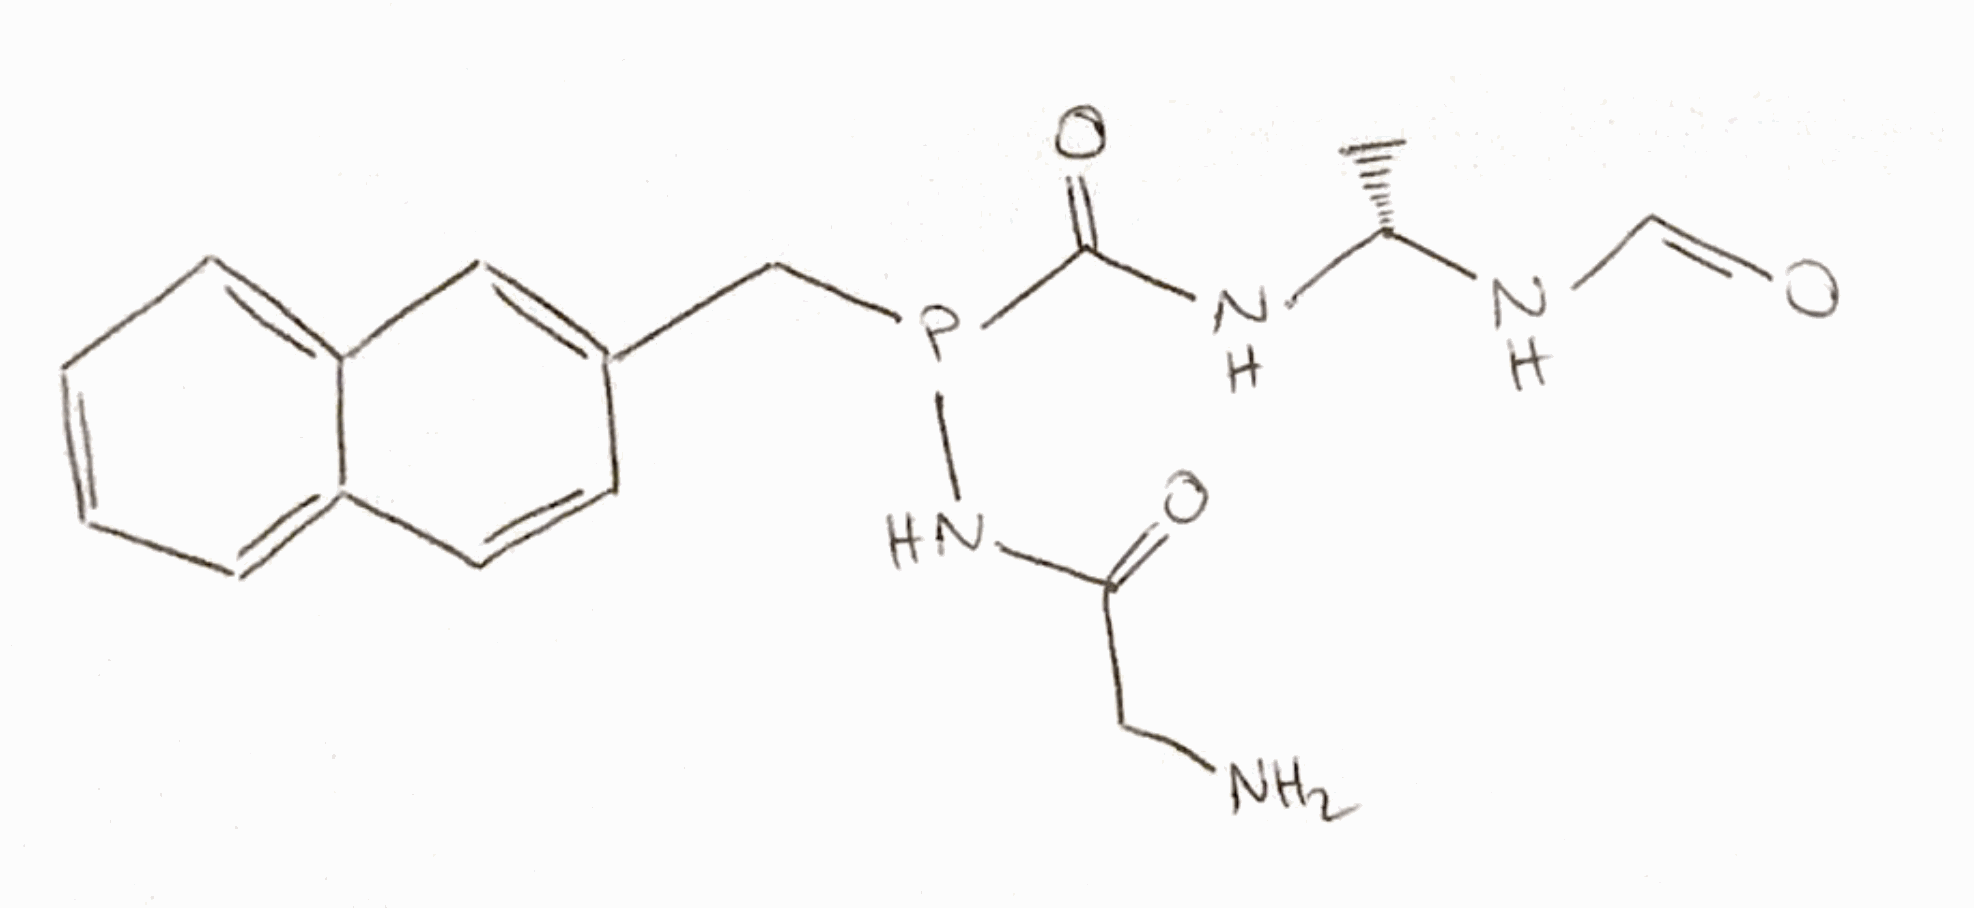
Simplified molecular-input line-entry system (SMILES) notation of the given molecule:
C[C@H](NC=O)NC(=O)P(CC1=CC2=CC=CC=C2C=C1)NC(=O)CN